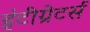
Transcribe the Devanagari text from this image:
इंटीग्रेटर्स